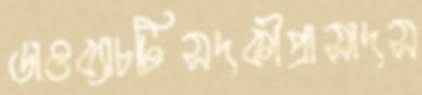
ডাওব্যাচটিসদকীপ্রাসাদস